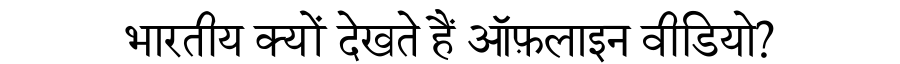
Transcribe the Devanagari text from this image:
भारतीय क्यों देखते हैं ऑफ़लाइन वीडियो?